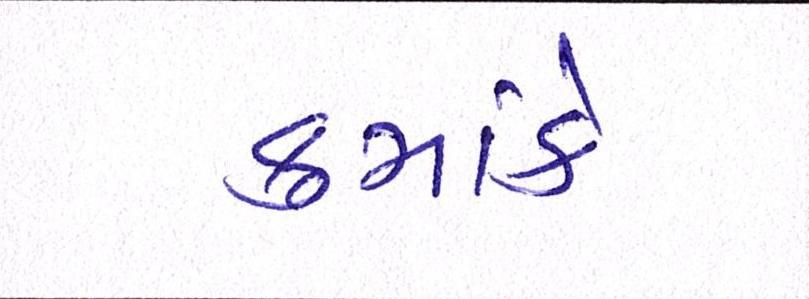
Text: ક્રમાંકે